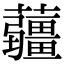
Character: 𧅁